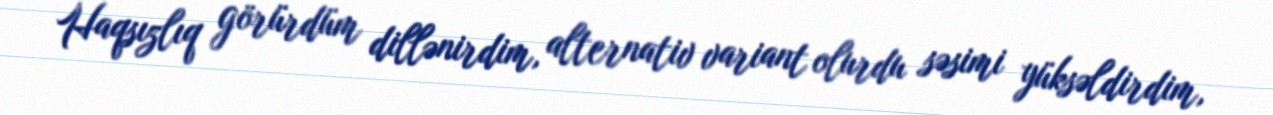
Haqsızlıq görürdüm dillənirdim, alternativ variant olurdu səsimi yüksəldirdim,